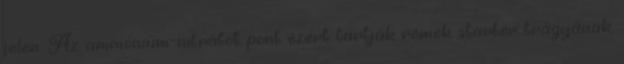
jelen. Az ammónium-nitrátot pont ezért tartják remek starter trágyának,